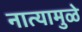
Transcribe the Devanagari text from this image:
नात्यामुळे